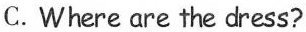
C. Where are the dress?